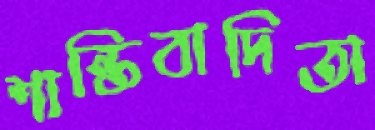
শান্তিবাদিতা